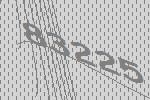
83225